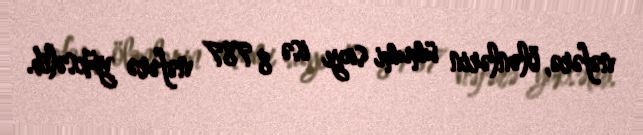
nəfərə, ölənlərin ümumi sayı isə 8 787 nəfərə yüksəlib.